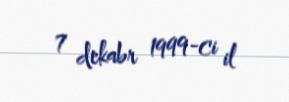
7 dekabr 1999-ci il